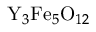
\mathrm { Y } _ { 3 } \mathrm { F e } _ { 5 } \mathrm { O } _ { 1 2 }